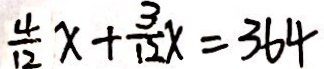
\frac { 4 } { 1 2 } x + \frac { 3 } { 1 2 } x = 3 6 4